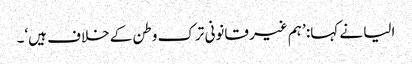
الیا نے کہا: ’ہم غیر قانونی ترک وطن کے خلاف ہیں‘۔